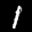
Label: 1